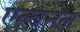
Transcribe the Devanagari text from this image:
एल्बनेल